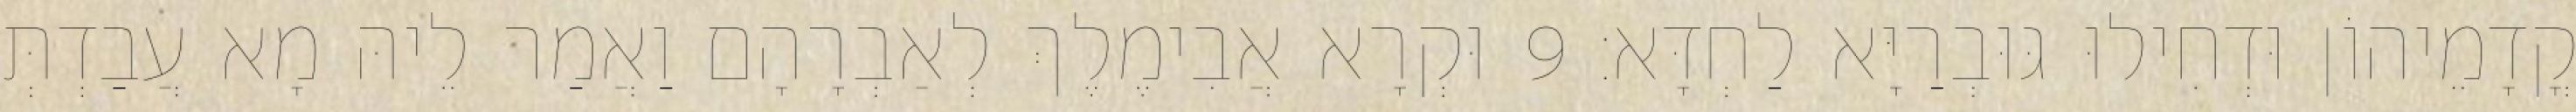
קֳדָמֵיהוֹן וּדְחִילוּ גּוּבְרַיָּא לַחְדָּא׃ 9 וּקְרָא אֲבִימֶלֶךְ לְאַבְרָהָם וַאֲמַר לֵיהּ מָא עֲבַדְתְּ